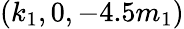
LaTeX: (k_{1},0,-4.5m_{1})